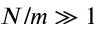
N / m \gg 1